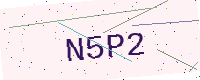
Text: N5P2